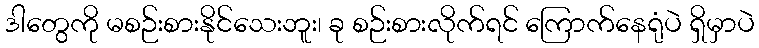
ဒါတွေကို မစဉ်းစားနိုင်သေးဘူး၊ ခု စဉ်းစားလိုက်ရင် ကြောက်နေရုံပဲ ရှိမှာပဲ